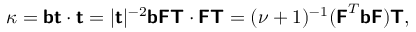
\begin{array} { r } { \kappa = \boldsymbol { \mathsf { b } } \boldsymbol { \mathsf { t } } \cdot \boldsymbol { \mathsf { t } } = | \boldsymbol { \mathsf { t } } | ^ { - 2 } \boldsymbol { \mathsf { b } } \boldsymbol { \mathsf { F } } \boldsymbol { \mathsf { T } } \cdot \boldsymbol { \mathsf { F } } \boldsymbol { \mathsf { T } } = ( \nu + 1 ) ^ { - 1 } ( \boldsymbol { \mathsf { F } } ^ { T } \boldsymbol { \mathsf { b } } \boldsymbol { \mathsf { F } } ) \boldsymbol { \mathsf { T } } , } \end{array}